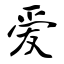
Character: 爱